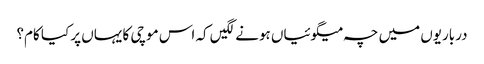
درباریوں میں چہ میگوئیاں ہونے لگیں کہ اس موچی کا یہاں پر کیا کام؟